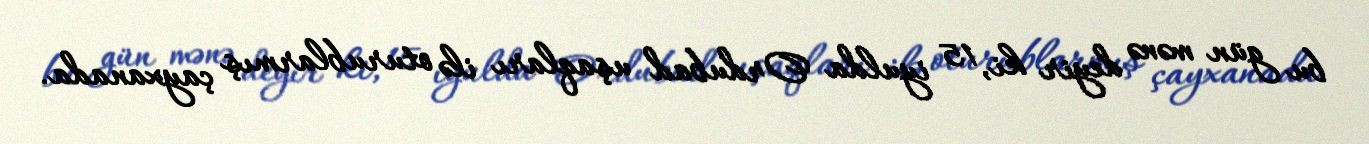
bu gün mənə deyir ki, 15 iyulda Ordubad uşaqları ilə oturublarmış çayxanada.